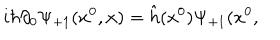
i \hbar \partial _ { 0 } \Psi _ { + 1 } ( x ^ { 0 } , { \bf x } ) = \hat { h } ( x ^ { 0 } ) \Psi _ { + 1 } ( x ^ { 0 } ,